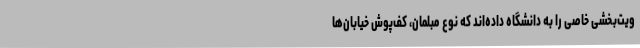
ویت‌بخشی خاصی را به دانشگاه داده‌اند که نوع مبلمان، کف‌پوش خیابان‌ها